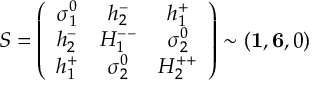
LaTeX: S = \left( \begin{array} { c c c } { { \sigma _ { 1 } ^ { 0 } } } & { { h _ { 2 } ^ { - } } } & { { h _ { 1 } ^ { + } } } \\ { { h _ { 2 } ^ { - } } } & { { H _ { 1 } ^ { -- } } } & { { \sigma _ { 2 } ^ { 0 } } } \\ { { h _ { 1 } ^ { + } } } & { { \sigma _ { 2 } ^ { 0 } } } & { { H _ { 2 } ^ { + + } } } \end{array} \right) \sim ( { \bf 1 } , { \bf 6 } , 0 )